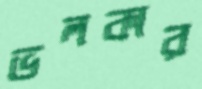
ভলকার